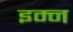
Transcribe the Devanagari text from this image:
इम्न